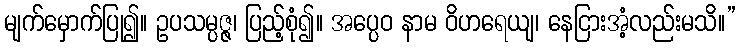
မျက်မှောက်ပြု၍။ ဥပသမ္ပဇ္ဇ၊ ပြည့်စုံ၍။ အပ္ပေဝ နာမ ဝိဟရေယျ၊ နေငြားအံ့လည်းမသိ။”